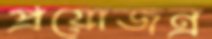
প্রয়োজন্র